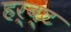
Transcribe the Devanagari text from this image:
हर्ब्ट